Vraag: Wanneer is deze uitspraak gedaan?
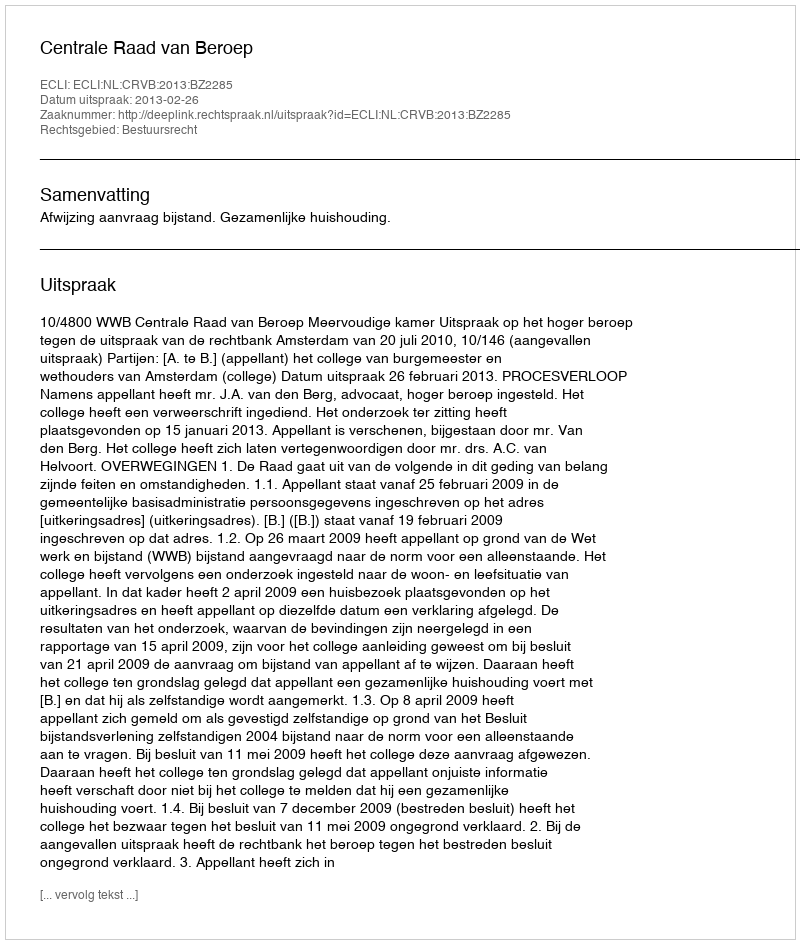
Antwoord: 2013-02-26